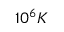
1 0 ^ { 6 } K